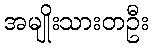
အမျိုးသားတဦး